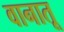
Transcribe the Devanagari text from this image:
वानातू